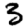
Digit: 3